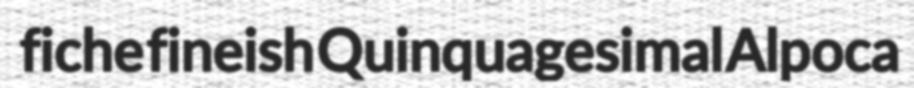
fiche fineish Quinquagesimal Alpoca